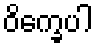
ဝိက္ခေပါ